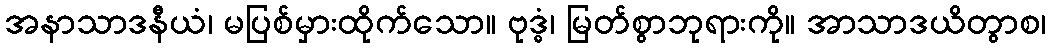
အနာသာဒနီယံ၊ မပြစ်မှားထိုက်သော။ ဗုဒ္ဓံ၊ မြတ်စွာဘုရားကို။ အာသာဒယိတွာစ၊